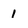
Character: 1